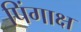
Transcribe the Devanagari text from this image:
पिंगाक्ष